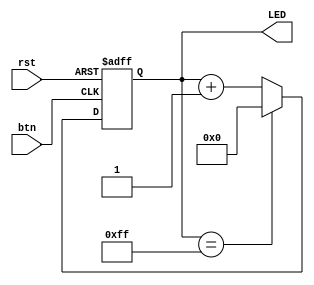
`timescale 1ns / 1ps
//////////////////////////////////////////////////////////////////////////////////
// Engineer: 
// 
// Design Name: 
// Module Name: bounce
// Project Name: 
// Target Devices: bounce
// Tool Versions: V1.0
// Description: 
// 
// Revision:
// V1.0 
//////////////////////////////////////////////////////////////////////////////////


module bounce
#(
    parameter LED_bit = 8 // LED
)
(
    input  wire btn,
    input  wire rst,
    output reg [LED_bit - 1 : 0] LED
);
wire rst_n = ~rst;
always @(posedge btn or negedge rst_n)
begin
    if(!rst_n)
    begin
        LED <= 'd0;
    end
    else
    begin
        LED <= (LED == 8'b11111111) ? 'd0 : LED + 1'b1;
    end
end
endmodule